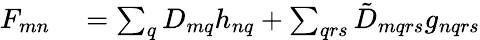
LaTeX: \begin{array}{rl}{F_{mn}}&{{}=\sum_{q}D_{mq}h_{nq}+\sum_{qrs}\tilde{D}_{mqrs}g_{nqrs}}\end{array}